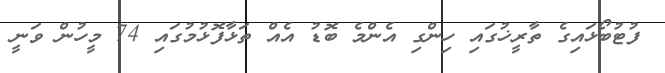
ފުޓުބޯޅައިގެ ތާރީޚުގައި ހިންގި އެންމެ ބޮޑު އެއް ތަޅާފޮޅުމުގައި 74 މީހުން ވަނީ